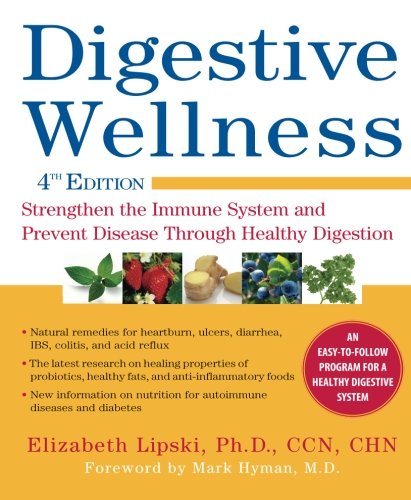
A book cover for Digestive Wellness: Strengthen the Immune System and Prevent Disease Through Healthy Digestion, Fourth Edition; Elizabeth Lipski; Health, Fitness & Dieting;